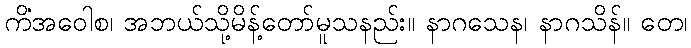
ကိံအဝေါစ၊ အဘယ်သို့မိန့်တော်မူသနည်း။ နာဂသေန၊ နာဂသိန်။ တေ၊